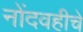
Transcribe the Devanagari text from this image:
नोंदवहीचे